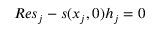
{ R e s } _ { j } - s ( x _ { j } , 0 ) h _ { j } = 0